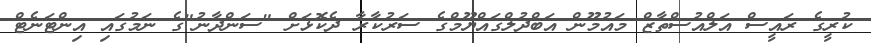
ކުރީގެ ރައީސް އަލްއުސްތާޒް މައުމޫން އަބްދުލްގައްޔޫމްގެ ސަރުކާރާ ދެކޮޅަށް "ސަންދާނު"ގެ ނަމުގައި އިންޓަނެޓް